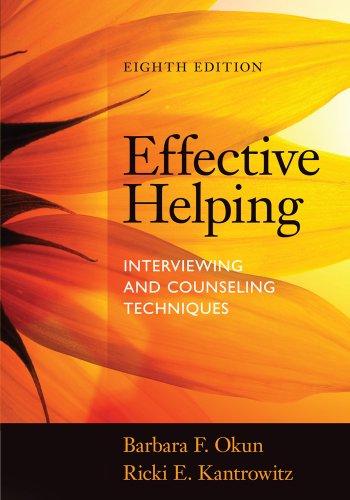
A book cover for Effective Helping: Interviewing and Counseling Techniques; Barbara F. Okun; Education & Teaching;